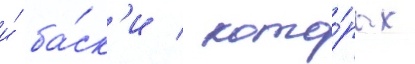
и́ ба́ск'и / кото́рых